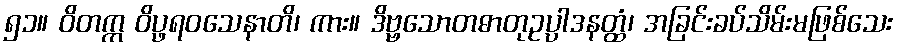
၅၁။ ဝိတက္က ဝိပ္ဖရဝသေနာတိ၊ ကား။ ဒိဗ္ဗသောတဓာတုဥပ္ပါဒနတ္ထံ၊ အခြင်းခပ်သိမ်းမဖြစ်သေး